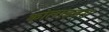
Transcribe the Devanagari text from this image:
कोलाइड्स